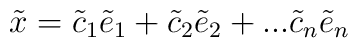
\tilde x =\tilde c_1 \tilde e_1+\tilde c_2 \tilde e_2+...\tilde c_n\tilde e_n